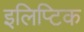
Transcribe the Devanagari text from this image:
इलिप्टिक